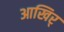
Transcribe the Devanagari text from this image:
आखिर्